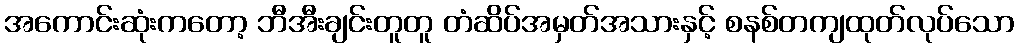
အကောင်းဆုံးကတော့ ဘီအီးချင်းတူတူ တံဆိပ်အမှတ်အသားနှင့် စနစ်တကျထုတ်လုပ်သော